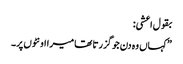
بقول اعشی:
”کہاں وہ دن جو گزرتا تھا میرا اونٹوں پر۔